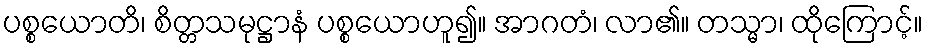
ပစ္စယောတိ၊ စိတ္တသမုဋ္ဌာနံ ပစ္စယောဟူ၍။ အာဂတံ၊ လာ၏။ တသ္မာ၊ ထိုကြောင့်။